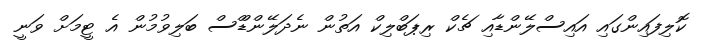
ކޮލިފައިންގައި އައިސްލޭންޑާއި ޗެކް ރިޕަބްލިކް އަތުން ނެދަލޭންޑްްސް ބަލިވުމުން އެ ޓީމަށް ވަނީ